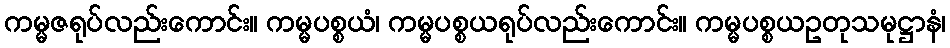
ကမ္မဇရုပ်လည်းကောင်း။ ကမ္မပစ္စယံ၊ ကမ္မပစ္စယရုပ်လည်းကောင်း။ ကမ္မပစ္စယဥတုသမုဋ္ဌာနံ၊